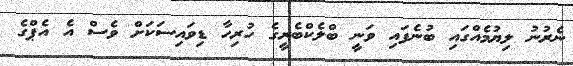
ނެރުނު ލިޔުމެއްގައި ބުނެފައި ވަނީ ބްލެކްބެރީގެ ހުރިހާ ޑިވައިސަކަށް ވެސް އެ އެޕްގެ